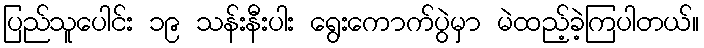
ပြည်သူပေါင်း ၁၉ သန်းနီးပါး ရွေးကောက်ပွဲမှာ မဲထည့်ခဲ့ကြပါတယ်။